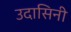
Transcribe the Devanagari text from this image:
उदासिनी